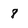
Character: 8